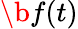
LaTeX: \b{f}(t)